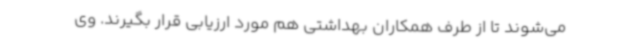
می‌شوند تا از طرف همکاران بهداشتی هم مورد ارزیابی قرار بگیرند. وی